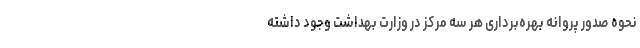
نحوه صدور پروانه بهره‌برداری هر سه مرکز در وزارت بهداشت وجود داشته